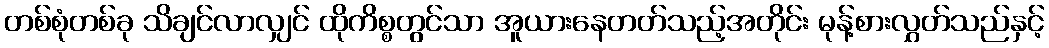
တစ်စုံတစ်ခု သိချင်လာလျှင် ထိုကိစ္စတွင်သာ အူယားနေတတ်သည့်အတိုင်း မုန့်စားလွှတ်သည်နှင့်